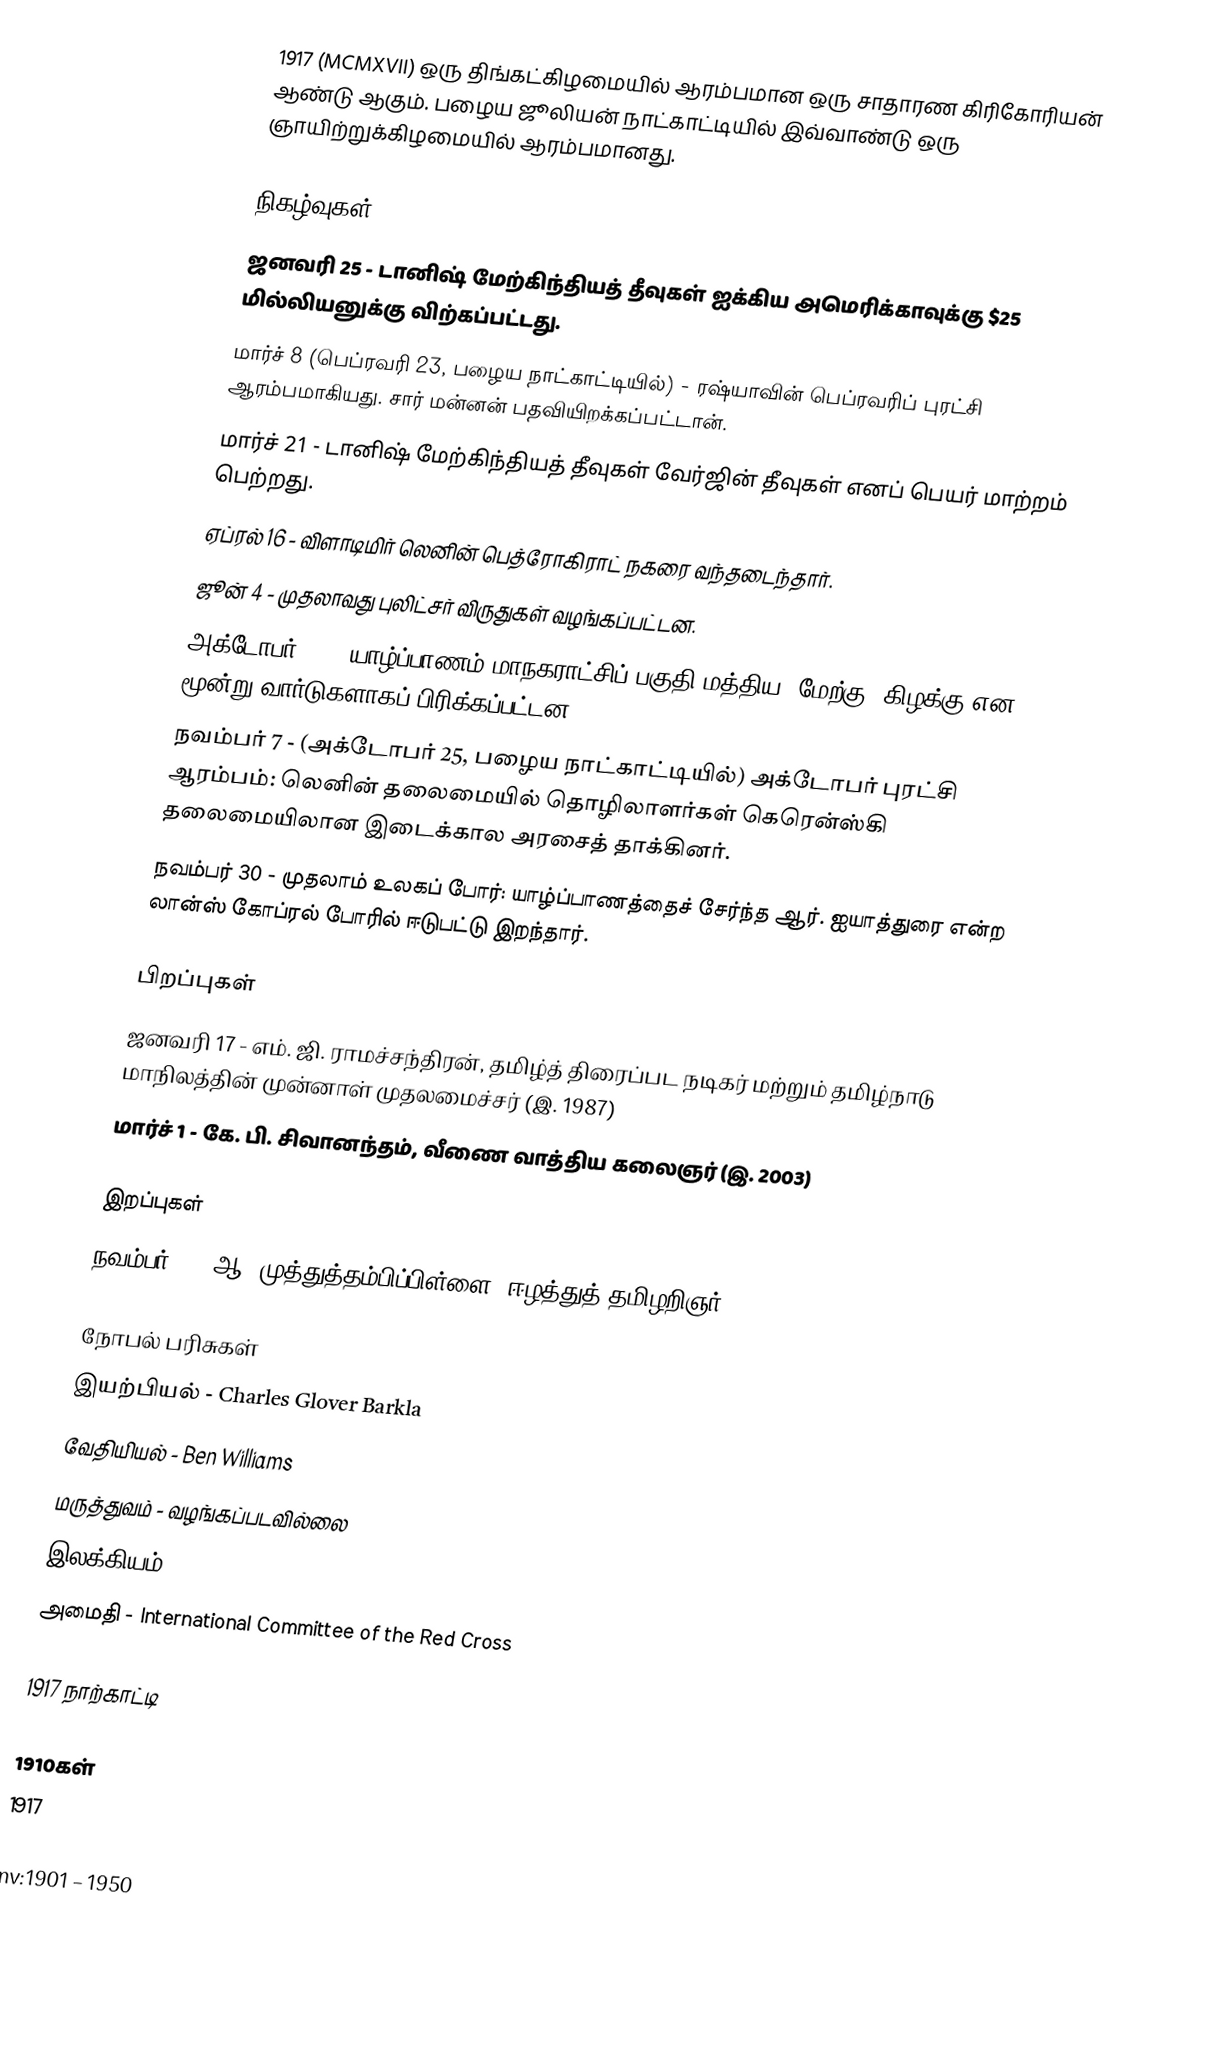
1917 (MCMXVII) ஒரு திங்கட்கிழமையில் ஆரம்பமான ஒரு சாதாரண கிரிகோரியன் ஆண்டு ஆகும். பழைய ஜூலியன் நாட்காட்டியில் இவ்வாண்டு ஒரு ஞாயிற்றுக்கிழமையில் ஆரம்பமானது.

நிகழ்வுகள்
 ஜனவரி 25 - டானிஷ் மேற்கிந்தியத் தீவுகள் ஐக்கிய அமெரிக்காவுக்கு $25 மில்லியனுக்கு விற்கப்பட்டது.
 மார்ச் 8 (பெப்ரவரி 23, பழைய நாட்காட்டியில்) - ரஷ்யாவின் பெப்ரவரிப் புரட்சி ஆரம்பமாகியது. சார் மன்னன் பதவியிறக்கப்பட்டான்.
 மார்ச் 21 - டானிஷ் மேற்கிந்தியத் தீவுகள் வேர்ஜின் தீவுகள் எனப் பெயர் மாற்றம் பெற்றது.
 ஏப்ரல் 16 - விளாடிமிர் லெனின் பெத்ரோகிராட் நகரை வந்தடைந்தார்.
 ஜூன் 4 - முதலாவது புலிட்சர் விருதுகள் வழங்கப்பட்டன.
 அக்டோபர் 13 - யாழ்ப்பாணம் மாநகராட்சிப் பகுதி மத்திய, மேற்கு, கிழக்கு என மூன்று வார்டுகளாகப் பிரிக்கப்பட்டன.
 நவம்பர் 7 - (அக்டோபர் 25, பழைய நாட்காட்டியில்) அக்டோபர் புரட்சி ஆரம்பம்: லெனின் தலைமையில் தொழிலாளர்கள் கெரென்ஸ்கி தலைமையிலான இடைக்கால அரசைத் தாக்கினர்.
 நவம்பர் 30 - முதலாம் உலகப் போர்: யாழ்ப்பாணத்தைச் சேர்ந்த ஆர். ஐயாத்துரை என்ற லான்ஸ் கோப்ரல் போரில் ஈடுபட்டு இறந்தார்.

பிறப்புகள்
 ஜனவரி 17 - எம். ஜி. ராமச்சந்திரன், தமிழ்த் திரைப்பட நடிகர் மற்றும் தமிழ்நாடு மாநிலத்தின் முன்னாள் முதலமைச்சர் (இ. 1987)
 மார்ச் 1 - கே. பி. சிவானந்தம், வீணை வாத்திய கலைஞர் (இ. 2003)

இறப்புகள்
 நவம்பர் 2 - ஆ. முத்துத்தம்பிப்பிள்ளை, ஈழத்துத் தமிழறிஞர்

நோபல் பரிசுகள்
 இயற்பியல் - Charles Glover Barkla
 வேதியியல் - Ben Williams
 மருத்துவம் - வழங்கப்படவில்லை
 இலக்கியம் - - Karl Adolph Gjellerup, Henrik Pontoppidan
 அமைதி - International Committee of the Red Cross

1917 நாற்காட்டி

1910கள்
1917

nv:1901 – 1950